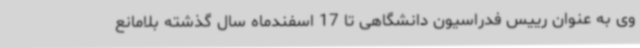
وی به عنوان رییس فدراسیون دانشگاهی تا 17 اسفندماه سال گذشته بلامانع